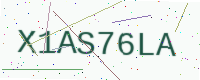
Text: X1AS76LA